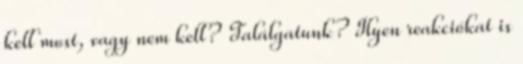
kell most, vagy nem kell? Találgatunk? Ilyen reakciókat is